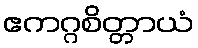
ဧကဂ္ဂစိတ္တာယံ